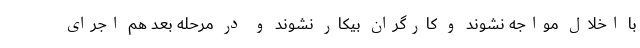
با اخلال مواجه نشوند و کارگران بیکار نشوند و در مرحله بعد هم اجرای